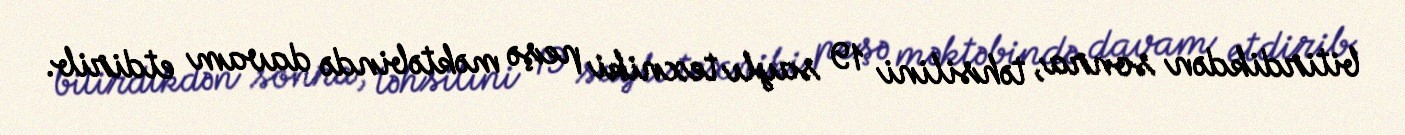
bitirdikdən sonra, təhsilini 19 saylı texniki peşə məktəbində davam etdirib.